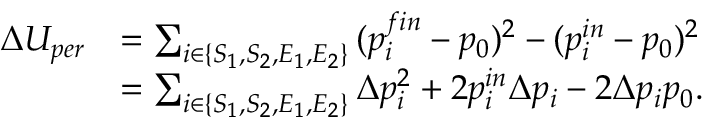
\begin{array} { r l } { \Delta U _ { p e r } } & { = \sum _ { i \in \{ S _ { 1 } , S _ { 2 } , E _ { 1 } , E _ { 2 } \} } { ( p _ { i } ^ { f i n } - p _ { 0 } ) ^ { 2 } - ( p _ { i } ^ { i n } - p _ { 0 } ) ^ { 2 } } } \\ & { = \sum _ { i \in \{ S _ { 1 } , S _ { 2 } , E _ { 1 } , E _ { 2 } \} } { \Delta p _ { i } ^ { 2 } + 2 p _ { i } ^ { i n } \Delta p _ { i } - 2 \Delta p _ { i } p _ { 0 } } . } \end{array}